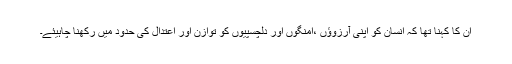
ان کا کہنا تھا کہ انسان کو اپنی آرزوؤں ،امنگوں اور دلچسپیوں کو توازن اور اعتدال کی حدود میں رکھنا چاہیئے۔